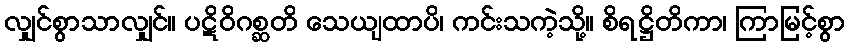
လျှင်စွာသာလျှင်။ ပဋိဝိဂစ္ဆတိ သေယျထာပိ၊ ကင်းသကဲ့သို့။ စိရဋ္ဌိတိကာ၊ ကြာမြင့်စွာ